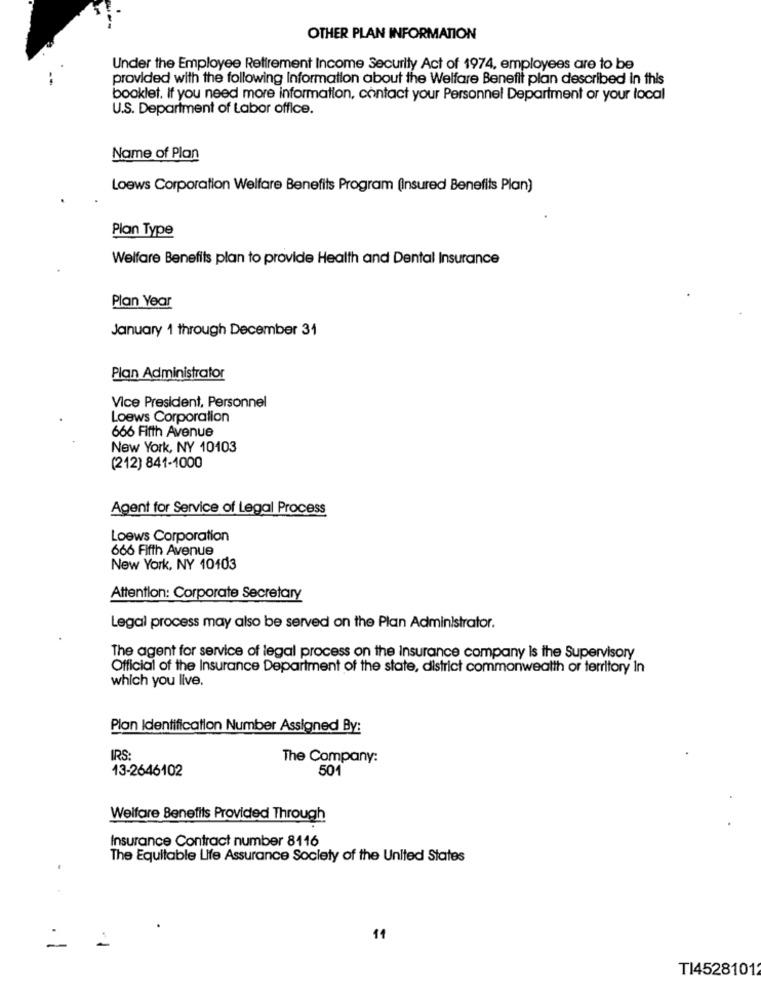
OTHER PLAN INFORMATION
Under the Employee Retirement Income Security Act of 1974, employees are to be
provided with the following information about the Welfare Benefit plan described in this
booklet. If you need more information, contact your Personnel Department or your local
U.S. Department of Labor office.
Name of Plan
Loews Corporation Welfare Benefits Program (Insured Benefits Plan)
Plan Type
Welfare Benefits plan to provide Health and Dental Insurance
Plan Year
January 1 through December 31
Plan Administrator
Vice President, Personnel
Loews Corporation
666 Fifth Avenue
New York, NY 10103
(212) 841-1000
Agent for Service of Legal Process
Loews Corporation
666 Fifth Avenue
New York, NY 10103
Attention: Corporate Secretary
Legal process may also be served on the Plan Administrator.
The agent for service of legal process on the Insurance company is the Supervisory
Official of the Insurance Department of the state, district commonwealth or territory In
which you live.
Plan Identification Number Assigned By:
IRS:
The Company:
13-2646102
501
Welfare Benefits Provided Through
Insurance Contract number 8116
The Equitable Life Assurance Society of the United States
14
TI45281012